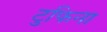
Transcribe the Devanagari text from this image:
टुफिना